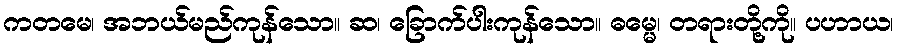
ကတမေ၊ အဘယ်မည်ကုန်သော။ ဆ၊ ခြောက်ပါးကုန်သော။ ဓမ္မေ၊ တရားတို့ကို။ ပဟာယ၊